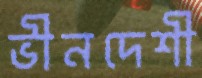
ভীনদেশী